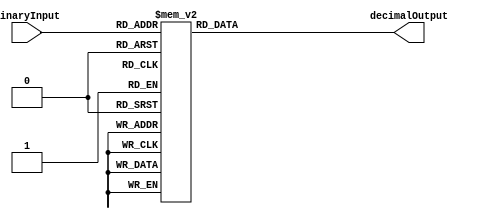
module DecimalDecoder(
    input [3:0] binaryInput,
    output reg [9:0] decimalOutput
);

always @(*)
begin
    case(binaryInput)
        4'b0000: decimalOutput = 10'b0000000001; // Decimal 0
        4'b0001: decimalOutput = 10'b0000000010; // Decimal 1
        4'b0010: decimalOutput = 10'b0000000100; // Decimal 2
        4'b0011: decimalOutput = 10'b0000001000; // Decimal 3
        4'b0100: decimalOutput = 10'b0000010000; // Decimal 4
        4'b0101: decimalOutput = 10'b0000100000; // Decimal 5
        4'b0110: decimalOutput = 10'b0001000000; // Decimal 6
        4'b0111: decimalOutput = 10'b0010000000; // Decimal 7
        4'b1000: decimalOutput = 10'b0100000000; // Decimal 8
        4'b1001: decimalOutput = 10'b1000000000; // Decimal 9
        default: decimalOutput = 10'b0000000000;  // Default case
    endcase
end

endmodule